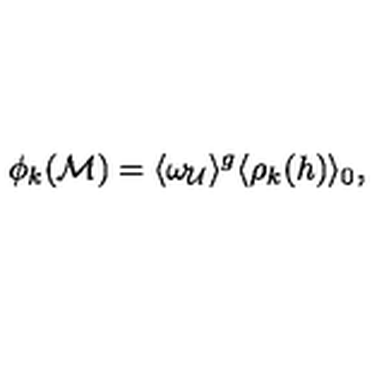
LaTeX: \phi _ { k } ( { \cal M } ) = \langle \omega _ { \cal U } \rangle ^ { g } \langle \rho _ { k } ( h ) \rangle _ { 0 } \mathrm { , }